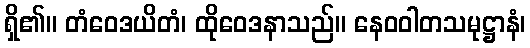
ရှိ၏။ တံဝေဒယိတံ၊ ထိုဝေဒနာသည်။ နေဝဝါတသမုဋ္ဌာနံ၊